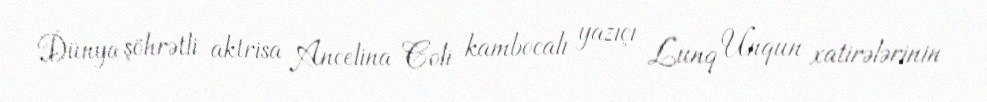
Dünya şöhrətli aktrisa Ancelina Coli kambocalı yazıçı Lunq Unqun xatirələrinin